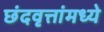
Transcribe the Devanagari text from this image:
छंदवृत्तांमध्ये